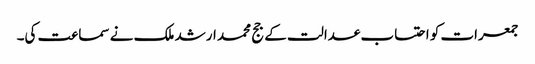
جمعرات کو احتساب عدالت کے جج محمد ارشد ملک نے سماعت کی۔